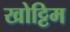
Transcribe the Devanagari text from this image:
खोट्टिम